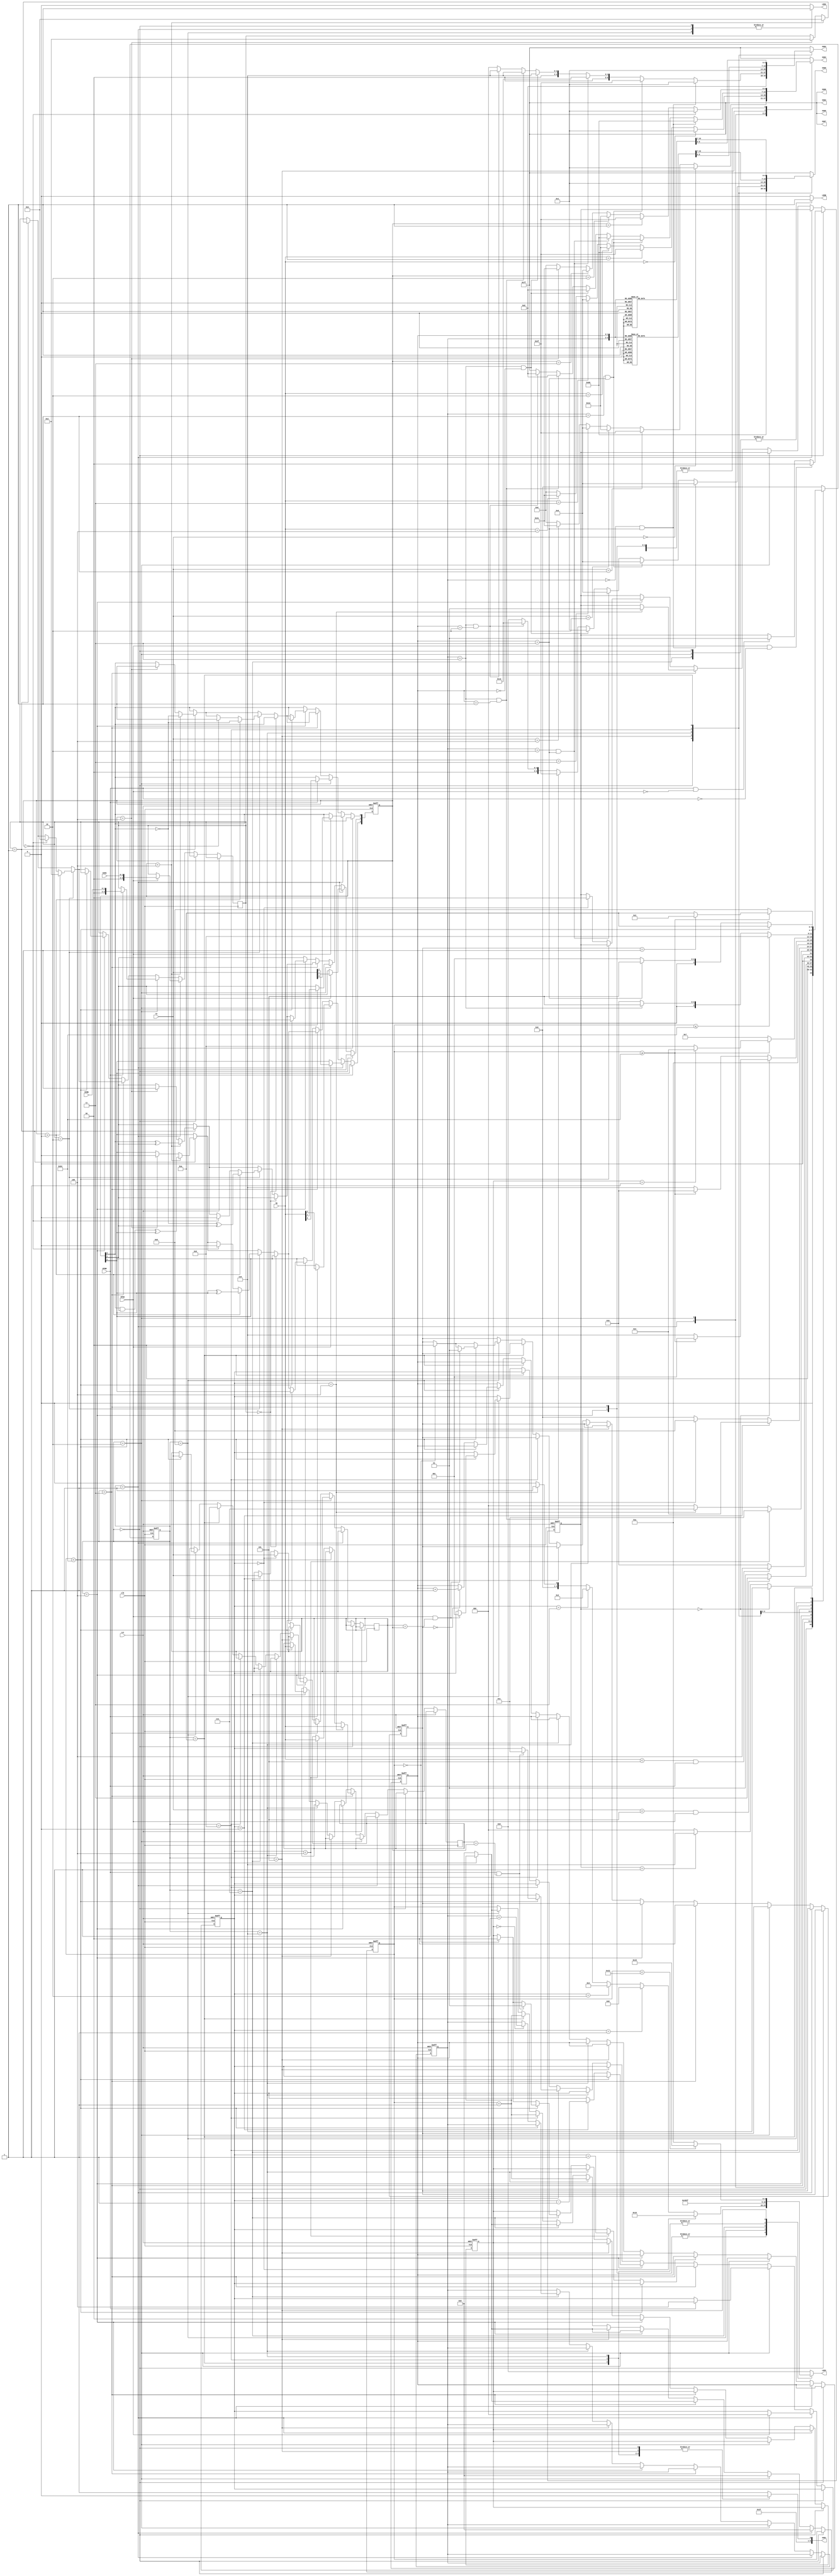
module hockey(

    input clk,
    input rst,
    
    input BTNA,
    input BTNB,
    
    input [1:0] DIRA,
    input [1:0] DIRB,
    
    input [2:0] YA,
    input [2:0] YB,
   
    output reg LEDA,
    output reg LEDB,
    output reg [4:0] LEDX,
    
    output reg [6:0] SSD7,
    output reg [6:0] SSD6,
    output reg [6:0] SSD5,
    output reg [6:0] SSD4, 
    output reg [6:0] SSD3,
    output reg [6:0] SSD2,
    output reg [6:0] SSD1,
    output reg [6:0] SSD0   
	
    );
    reg [2:0] X_COORD;
	reg [2:0] Y_COORD;
    reg [3:0] cstate; //current state
    reg [3:0] nstate = 8'b00000000; //next state

    parameter [7:0] s0 = 8'b00000000; //IDLE
    parameter [7:0] s1 = 8'b00000001; //BTNA == 1
    parameter [7:0] s2 = 8'b00000010; //BTNB == 1
    parameter [7:0] s3 = 8'b00000011; //send to B from A //no timer
    parameter [7:0] s4 = 8'b00000100; //send to A from B //no timer
    parameter [7:0] s5 = 8'b00000101; // win state stays here forever until rst = 1
    parameter [7:0] s6 = 8'b00000110; // Display
    parameter [7:0] s7 = 8'b00000111; // respond B
    parameter [7:0] s8 = 8'b00001000; // respond A
    parameter [7:0] s9 = 8'b00001001; // goal_B
    parameter [7:0] s10 = 8'b00001010; // goal_A

   
    
    parameter [6:0] DIGIT_0 = 7'b0000001;
    parameter [6:0] DIGIT_1 = 7'b1001111;
    parameter [6:0] DIGIT_2 = 7'b0010010;
    parameter [6:0] DIGIT_3 = 7'b0000110;
    parameter [6:0] DIGIT_4 = 7'b1001100;
    parameter [6:0] DIGIT_line = 7'b1111110;
    parameter [6:0] PRINT_A = 7'b0001000;
    parameter [6:0] PRINT_B = 7'b1100000;


    parameter LD_NONE = 5'b00000;
    parameter LD_ALL = 5'b11111;
    parameter LD_0 = 5'b00001;
    parameter LD_1 = 5'b00010;
    parameter LD_2 = 5'b00100;
    parameter LD_3 = 5'b01000;
    parameter LD_4 = 5'b10000;


    
    //ID: 29015 / 27968;


    reg x1;
    reg [3:0] y1;

    reg [2:0] guess_y_A;
    reg [2:0] guess_y_B;
    reg [1:0] turn = 2; // 0 = A , 1 = B, 2 = standby
    reg [1:0] score_A;
    reg [1:0] score_B;
    //reg [1:0] win;
    reg [7:0] timer;
    reg [7:0] waittime = 8'd100;

    reg[1:0] correct_guess_B;
    reg[1:0] correct_guess_A;






    always @(posedge clk or posedge rst)
    begin
        
    
        if(rst == 1)begin
            cstate <= s0;
            X_COORD <= 3'b000;
            Y_COORD <= 3'b000;
            score_A <= 2'b00;
            score_B <= 2'b00;

            timer <= 0;
            correct_guess_B <= 0;
            correct_guess_A <= 0;
            turn <= 2;
        end
        else begin
            cstate <= nstate;
       

        if(cstate == s0)begin
            if(BTNA == 1 && BTNB == 0)begin
                turn <= 0;
            end

            else if(BTNB == 1 && BTNA == 0)begin
                turn <= 1;
            end

        end

        else if(cstate == s1)begin
            timer <= 0;
            if(BTNA == 1)begin
            Y_COORD <= YA;
            y1 <= DIRA;
            X_COORD <= 0;
            end
            
            

        
            
        end
        else if(cstate == s2)begin
            timer <= 0;

            
            if(BTNB == 1) begin
            Y_COORD <= YB;
            y1 <= DIRB;
            X_COORD <= 4;
            end
           
            
        end
        
        else if(cstate == s3)begin
            

            correct_guess_A <= 0;

            if(timer < waittime)begin
                
                timer <= timer + 1;
            end
            else begin

                timer <= 0;
                if(X_COORD < 3'b100)begin
                    X_COORD <= X_COORD + 1;
                    guess_y_B <= YB;

                end
                
            end
            if(X_COORD == 3'b100)begin
                guess_y_B <= YB;
                turn <= 1;

            end

                if ( y1 == 2'd1)begin 
                    if (Y_COORD < 3'b100)begin
                        Y_COORD[0] <= 1 ^ Y_COORD[0];
                        Y_COORD[1] <= Y_COORD[0] ^ Y_COORD[1];
                        Y_COORD[2] <= ((Y_COORD[0] & Y_COORD[1]) ^ Y_COORD[2]);
                        y1 <= 2'd1; 
                        end
                    else if(Y_COORD == 3'b100)begin
                        y1 <= 2'd2;
                        Y_COORD <= 3'b011;
                        end
                end
                if (y1 == 2'd2)begin
                    if ( Y_COORD > 3'b000)begin

                                Y_COORD[0] <= (1 ^ Y_COORD[0]);
                                Y_COORD[1] <= ((~Y_COORD[0]) ^ Y_COORD[1] );
                                Y_COORD[2] <= Y_COORD[2] ^ Y_COORD[2];
                                y1 <= 2'd2;
                            end
                    else if (Y_COORD == 3'b000 )begin
                            y1 <= 2'd1;
                            Y_COORD <= 3'b001;
                        end
                end
                if (y1 == 2'd0)begin
                    Y_COORD <= Y_COORD;
                end
            end


        else if(cstate == s4)begin
            
            correct_guess_B <= 0;


            if(timer < waittime)begin
                timer <= timer + 1;
            end
            
            else begin
                timer <= 0;
                if(X_COORD > 3'b000)begin
                    X_COORD <= (X_COORD - 1);
                    guess_y_A <= YA;

                end

                if(X_COORD == 3'b000)begin
                    guess_y_A <= YA;
                    turn <= 0;
                
                end
            
                if ( y1 == 2'd1)begin 
                    if (Y_COORD < 3'b100)begin
                        Y_COORD[0] <= 1 ^ Y_COORD[0];
                        Y_COORD[1] <= Y_COORD[0] ^ Y_COORD[1];
                        Y_COORD[2] <= ((Y_COORD[0] & Y_COORD[1]) ^ Y_COORD[2]);
                        y1 <= 2'd1; 
                        end
                    else if(Y_COORD == 3'b100)begin
                        y1 <= 2'd2;
                        Y_COORD <= 3'b011;
                        end
                end
           
                if (y1 == 2'd2)begin
                    if ( Y_COORD > 3'b000)begin                
                            Y_COORD[0] <= (1 ^ Y_COORD[0]);
                            Y_COORD[1] <= ((~Y_COORD[0]) ^ Y_COORD[1] );
                            Y_COORD[2] <= Y_COORD[2] ^ Y_COORD[2];
                            y1 <= 2'd2;
                        end
                else if (Y_COORD == 3'b000 )begin
                        y1 <= 2'd1;
                        Y_COORD <= 3'b001;
                    end
            end
            
                if (y1 == 2'd0)begin
                    Y_COORD <= Y_COORD;
                end
            end
        end

        else if (cstate == s5) begin
            if (timer < waittime) begin
                timer <= timer + 1;

            end
            else begin
                timer <= 0;
            end

        end

        else if( cstate == s6)begin
            timer <= timer + 1;
        end

        
        else if( cstate == s7)begin
            if (timer == 0) begin
                correct_guess_B <= 0;
            end
            if(timer < waittime )begin
        

                guess_y_B <= YB;

                if (BTNB == 1 && guess_y_B == Y_COORD)begin
                    
                    correct_guess_B <= 1;
                    X_COORD <= 3;
                end

                timer <= timer + 1;
            end

            else begin
                if (correct_guess_B == 0) begin
                    score_A <= score_A + 1;
                end
                timer <= 0;
            end
                
        end

        else if( cstate == s9)begin
            timer <= timer + 1;
        end
        else if( cstate == s10)begin
            timer <= timer + 1;
        end
        
        else if( cstate == s8)begin
            if (timer == 0) begin
                correct_guess_A <= 0;
            end
            if(timer < waittime )begin
                
                guess_y_A <= YA;
                
                if (BTNA == 1 && guess_y_A == Y_COORD)begin
                    correct_guess_A <= 1;
                    X_COORD <= 1;
                end

                timer <= timer + 1;

            end

            else begin
                if (correct_guess_A == 0) begin
                    score_B <= score_B + 1;
                end
                
                timer <= 0;
            end
        end
                
        
    end

    
    

       
    end




    always @(*)
    begin

        case(cstate)

            s0:
            begin


                if(turn == 0)begin
                    nstate = s6;
                end

                else if(turn == 1)begin
                    nstate = s6;
                end
                else if(turn == 2) begin
                    nstate = s0;
                end
                else if(turn == 2) begin
                    nstate = s0;
                end

                else begin
                    nstate = s0;
                end
                
            end


            
            s1:
            begin
                    if((YA < 3'b101 ) && (BTNA == 1'b1))begin
                        nstate = s3;
                        //y1 = DIRA;
                    end
                    else begin
                        nstate = s1;
                    end

                    
            end

            s2:
            begin
                    if( (YB < 5 ) && (BTNB == 1'b1))begin
                        nstate = s4;
                        //y1 = DIRB;
                        
                    end
                    else begin
                        nstate = s2;
                    end
            end

            s3:
            begin    

                    if (X_COORD < 3'b100)begin
                        nstate = s3;
                        //#5; //speed of the puck
                    end
                    else if(X_COORD == 3'b100)begin
                        nstate = s7;
                    end
                    else begin
                        nstate = s0;
                    end
                    
                    /*if(win >= 1)begin
                        nstate = s5;
                    end*/
            end

            s4:
            begin
                
                    if (X_COORD > 3'b000)begin
                        nstate = s4;
                        //#5; //speed of the puck
                    end
                    else if(X_COORD == 3'b000)begin
                        nstate = s8; //s1
                    end
                    else begin
                        nstate = s0;
                    end
                    
                    /*if(win >= 1)begin
                        nstate = s5;
                    end*/
            end

            s5:
            begin
                // win state stays here forever until rst = 1;
                nstate = s5;
            end

            s6: // DISP
            begin
            
                if(turn == 0)begin
                    if (timer >= waittime) begin
                    nstate = s1;
                    //turn = 0;
                    end

                    else begin
                        nstate = s6;
                    end

                    
                end

                else begin
                    if (timer >= waittime)begin
                    nstate = s2;
                    //turn = 1;
                    end

                    else begin
                        nstate = s6;
                    end


                end
            end
            s7:
            begin
                
                if(timer >= waittime)begin
                    if(correct_guess_B == 1 ) begin
                        nstate = s4;
                    end

                    else begin
                        nstate = s9;
                    end
                end
                else begin
                    nstate <= s7;
                end

            end

            s9:
            begin
                if(timer <= waittime)begin
                    nstate = s9;
                end
                else begin
                    if(score_A == 3)begin
                    nstate = s5;
                    end
                    else begin
                        nstate = s2;
                    end
                end
            end

            s8:
            begin

                if(timer >= waittime)begin
                    if(correct_guess_A == 1 ) begin
                        nstate = s3;
                    end

                    else begin
                        nstate = s10;
                    end
                end
                else begin
                    nstate = s8;
                end

            end

            s10:
            begin
                if(timer < waittime)begin
                    nstate = s10;
                end
                else begin
                    if(score_B == 3)begin
                    nstate = s5;
                    end
                    else begin
                        nstate = s1;
                    end
                end
            end

            default: nstate = s0;
            

        endcase
    
    end


//for LEDs
        always @ (*)
        begin
            LEDA = 0;
            LEDB = 0;
            LEDX = LD_NONE;
          case (cstate)
            s0:
            begin
              LEDA = 1;
              LEDB = 1;
              LEDX = LD_NONE;
            end
      
            s6:
            begin
              LEDA = 0;
              LEDB = 0;
              LEDX = LD_ALL;
            end
      
            s1:
            begin
              LEDA = 1;
              LEDB = 0;
              LEDX = LD_NONE;
            end
      
            s2:
            begin
              LEDA = 0;
              LEDB = 1;
              LEDX = LD_NONE;
            end
      
            s3:
            begin
              LEDA = 0;
              LEDB = 0;
              if(X_COORD == 0)
              begin
                LEDX = LD_4;
              end
              else if(X_COORD == 1)
              begin
                LEDX = LD_3;
              end
              else if(X_COORD == 2)
              begin
                LEDX = LD_2;
              end
              else if(X_COORD == 3)
              begin
                LEDX = LD_1;
              end
              else if(X_COORD == 4)
              begin
                LEDX = LD_0;
              end
            end
      
            s4:
            begin
              LEDA = 0;
              LEDB = 0;
              if(X_COORD == 0)
              begin
                LEDX = LD_4;
              end
              else if(X_COORD == 1)
              begin
                LEDX = LD_3;
              end
              else if(X_COORD == 2)
              begin
                LEDX = LD_2;
              end
              else if(X_COORD == 3)
              begin
                LEDX = LD_1;
              end
              else if(X_COORD == 4)
              begin
                LEDX = LD_0;
              end
            end
      
            s8:
            begin
              LEDA = 1;
              LEDB = 0;
              LEDX = LD_4;
            end
      
            s7:
            begin
              LEDA = 0;
              LEDB = 1;
              LEDX = LD_0;
            end
      
            s10:
            begin
              LEDX = LD_ALL;
              LEDA = 0;
              LEDB = 0;
            end
      
            s9:
            begin
              LEDX = LD_ALL;
              LEDA = 0;
              LEDB = 0;
            end
      
           s5:
            begin
                LEDA = 0;
                LEDB = 0;
                if (timer < (waittime/2)) begin
                LEDX = 5'b10101;
                end 
                else begin
                LEDX = 5'b01010;
                end
            end
      
            default:
            begin
              LEDA = 0;
              LEDB = 0;
              LEDX = LD_NONE;
            end
            endcase
      
        end


//FOR SSDs
        always @ (*)
        begin

            SSD7 = 7'b1111111;
            SSD6 = 7'b1111111;
            SSD5 = 7'b1111111;
            SSD4 = 7'b1111111;
            SSD3 = 7'b1111111;
            SSD2 = 7'b1111111;
            SSD1 = 7'b1111111;
            SSD0 = 7'b1111111;

            case (cstate)
            s0:
            begin
                SSD7 = 7'b1111111;
                SSD6 = 7'b1111111;
                SSD5 = 7'b1111111;
                SSD4 = 7'b1111111;
                SSD3 = 7'b1111111;
                SSD2 = PRINT_A;
                SSD1 = DIGIT_line;
                SSD0 = PRINT_B;
            end
            
            s1: 
            begin
                if (YA == 0) begin
                    SSD4 = DIGIT_0;
                end
                else if (YA == 1)
                begin
                    SSD4 = DIGIT_1;
                end
                else if (YA == 2)
                begin
                    SSD4 = DIGIT_2;
                end
                else if (YA == 3)
                begin
                    SSD4 = DIGIT_3;
                end
                else if (YA == 4)
                begin
                    SSD4 = DIGIT_4;
                end
                else begin
                    SSD4 = 7'b0000000;
                end

                SSD5 = 7'b1111111;
                SSD3 = 7'b1111111;
                SSD2 = 7'b1111111;
                SSD1 = 7'b1111111;
                SSD0 = 7'b1111111;
            end

            s2:
            begin
                if (YB == 0) begin
                    SSD4 = DIGIT_0;
                end
                else if (YB == 1)
                begin
                    SSD4 = DIGIT_1;
                end
                else if (YB == 2)
                begin
                    SSD4 = DIGIT_2;
                end
                else if (YB == 3)
                begin
                    SSD4 = DIGIT_3;
                end
                else if (YB == 4)
                begin
                    SSD4 = DIGIT_4;
                end
                else begin
                    SSD4 = 7'b0000000;
                end

                SSD5 = 7'b1111111;
                SSD3 = 7'b1111111;
                SSD2 = 7'b1111111;
                SSD1 = 7'b1111111;
                SSD0 = 7'b1111111;
            end
            
            s3:
            begin
                if (Y_COORD == 0) begin
                    SSD4 = DIGIT_0;
                end
                else if (Y_COORD == 1)
                begin
                    SSD4 = DIGIT_1;
                end
                else if (Y_COORD == 2)
                begin
                    SSD4 = DIGIT_2;
                end
                else if (Y_COORD == 3)
                begin
                    SSD4 = DIGIT_3;
                end
                else if (Y_COORD == 4)
                begin
                    SSD4 = DIGIT_4;
                end
                else begin
                    SSD4 = 7'b0000000;
                end

                SSD5 = 7'b1111111;
                SSD3 = 7'b1111111;
                SSD2 = 7'b1111111;
                SSD1 = 7'b1111111;
                SSD0 = 7'b1111111;
            end

            s4:
            begin
                if (Y_COORD == 0) begin
                    SSD4 = DIGIT_0;
                end
                else if (Y_COORD == 1)
                begin
                    SSD4 = DIGIT_1;
                end
                else if (Y_COORD == 2)
                begin
                    SSD4 = DIGIT_2;
                end
                else if (Y_COORD == 3)
                begin
                    SSD4 = DIGIT_3;
                end
                else if (Y_COORD == 4)
                begin
                    SSD4 = DIGIT_4;
                end
                else begin
                    SSD4 = 7'b0000000;
                end

                SSD5 = 7'b1111111;
                SSD3 = 7'b1111111;
                SSD2 = 7'b1111111;
                SSD1 = 7'b1111111;
                SSD0 = 7'b1111111;
            end

            s5:
            begin
                SSD3 = 7'b1111111;
                SSD5 = 7'b1111111;
                SSD6 = 7'b1111111;
                SSD7 = 7'b1111111;
                SSD1 = DIGIT_line; 
                
                if( score_A == 0 && score_B == 3)begin
                    SSD4 = PRINT_B;
                    SSD2 = DIGIT_0;
                    SSD0 = DIGIT_3;    
                end
                else if( score_A == 1 && score_B == 3)begin
                    SSD4 = PRINT_B;
                    SSD2 = DIGIT_1;
                    SSD0 = DIGIT_3;                    
                end
                else if( score_A == 2 && score_B == 3)begin
                    SSD4 = PRINT_B;
                    SSD2 = DIGIT_2;
                    SSD0 = DIGIT_3;                    
                end

                else if( score_A == 3 && score_B == 0)begin
                    SSD4 = PRINT_A;
                    SSD2 = DIGIT_3;
                    SSD0 = DIGIT_0;                    
                end
                else if( score_A == 3 && score_B == 1)begin
                    SSD4 = PRINT_A;
                    SSD2 = DIGIT_3;
                    SSD0 = DIGIT_1;                    
                end
                else if( score_A == 3 && score_B == 2)begin
                    SSD4 = PRINT_A;
                    SSD2 = DIGIT_3;
                    SSD0 = DIGIT_2;    
                    end

                else begin
                    SSD2 = 7'b0000000;
                    SSD0 = 7'b0000000;    
                end
            end
            

            s6:
            begin
            SSD7 = 7'b1111111;
            SSD6 = 7'b1111111;
            SSD5 = 7'b1111111;
            SSD3 = 7'b1111111;
            SSD4 = 7'b1111111;
            
            SSD2 = DIGIT_0;
            SSD1 = DIGIT_line;
            SSD0 = DIGIT_0;    
            end

            s7:
            begin
                if (Y_COORD == 0) begin
                    SSD4 = DIGIT_0;
                end
                else if (Y_COORD == 1)
                begin
                    SSD4 = DIGIT_1;
                end
                else if (Y_COORD == 2)
                begin
                    SSD4 = DIGIT_2;
                end
                else if (Y_COORD == 3)
                begin
                    SSD4 = DIGIT_3;
                end
                else if (Y_COORD == 4)
                begin
                    SSD4 = DIGIT_4;
                end
                else begin
                    SSD4 = 7'b0000000;
                end
    

                SSD5 = 7'b1111111;
                SSD3 = 7'b1111111;
                SSD2 = 7'b1111111;
                SSD1 = 7'b1111111;
                SSD0 = 7'b1111111;
            end

            s8:
            begin
                if (Y_COORD == 0) begin
                    SSD4 = DIGIT_0;
                end
                else if (Y_COORD == 1)
                begin
                    SSD4 = DIGIT_1;
                end
                else if (Y_COORD == 2)
                begin
                    SSD4 = DIGIT_2;
                end
                else if (Y_COORD == 3)
                begin
                    SSD4 = DIGIT_3;
                end
                else if (Y_COORD == 4)
                begin
                    SSD4 = DIGIT_4;
                end
                else begin
                    SSD4 = 7'b0000000;
                end
    

                SSD5 = 7'b1111111;
                SSD3 = 7'b1111111;
                SSD2 = 7'b1111111;
                SSD1 = 7'b1111111;
                SSD0 = 7'b1111111;
            end


            s9:
            begin
                SSD7 = 7'b1111111;
                SSD6 = 7'b1111111;
                SSD5 = 7'b1111111;
                SSD3 = 7'b1111111;
                SSD4 = 7'b1111111;
                SSD1 = DIGIT_line; 
            case ({score_A, score_B}) 
                4'b0000: begin
                    SSD2 = DIGIT_0;
                    SSD0 = DIGIT_0;
                end
                4'b0001: begin
                    SSD2 = DIGIT_0;
                    SSD0 = DIGIT_1;
                end
                4'b0010: begin
                    SSD2 = DIGIT_0;
                    SSD0 = DIGIT_2;
                end
                4'b0011: begin
                    SSD2 = DIGIT_0;
                    SSD0 = DIGIT_3;
                end
                4'b0100: begin
                    SSD2 = DIGIT_1;
                    SSD0 = DIGIT_0;
                end
                4'b0101: begin
                    SSD2 = DIGIT_1;
                    SSD0 = DIGIT_1;
                end
                4'b0110: begin
                    SSD2 = DIGIT_1;
                    SSD0 = DIGIT_2;
                end
                4'b0111: begin
                    SSD2 = DIGIT_1;
                    SSD0 = DIGIT_3;
                end
                4'b1000: begin
                    SSD2 = DIGIT_2;
                    SSD0 = DIGIT_0;
                end
                4'b1001: begin
                    SSD2 = DIGIT_2;
                    SSD0 = DIGIT_1;
                end
                4'b1010: begin
                    SSD2 = DIGIT_2;
                    SSD0 = DIGIT_2;
                end
                4'b1011: begin
                    SSD2 = DIGIT_2;
                    SSD0 = DIGIT_3;
                end
                4'b1100: begin
                    SSD2 = DIGIT_3;
                    SSD0 = DIGIT_0;
                end
                4'b1101: begin
                    SSD2 = DIGIT_3;
                    SSD0 = DIGIT_1;
                end
                4'b1110: begin
                    SSD2 = DIGIT_3;
                    SSD0 = DIGIT_2;
                end
                
            endcase
            end
            
            s10:
            begin
                SSD7 = 7'b1111111;
                SSD6 = 7'b1111111;
                SSD3 = 7'b1111111;
                SSD2 = 7'b0000001;
                SSD1 = DIGIT_line; 
            case ({score_A, score_B}) 
            4'b0000: begin
                SSD2 = DIGIT_0;
                SSD0 = DIGIT_0;
            end
            4'b0001: begin
                SSD2 = DIGIT_0;
                SSD0 = DIGIT_1;
            end
            4'b0010: begin
                SSD2 = DIGIT_0;
                SSD0 = DIGIT_2;
            end
            4'b0011: begin
                SSD2 = DIGIT_0;
                SSD0 = DIGIT_3;
            end
            4'b0100: begin
                SSD2 = DIGIT_1;
                SSD0 = DIGIT_0;
            end
            4'b0101: begin
                SSD2 = DIGIT_1;
                SSD0 = DIGIT_1;
            end
            4'b0110: begin
                SSD2 = DIGIT_1;
                SSD0 = DIGIT_2;
            end
            4'b0111: begin
                SSD2 = DIGIT_1;
                SSD0 = DIGIT_3;
            end
            4'b1000: begin
                SSD2 = DIGIT_2;
                SSD0 = DIGIT_0;
            end
            4'b1001: begin
                SSD2 = DIGIT_2;
                SSD0 = DIGIT_1;
            end
            4'b1010: begin
                SSD2 = DIGIT_2;
                SSD0 = DIGIT_2;
            end
            4'b1011: begin
                SSD2 = DIGIT_2;
                SSD0 = DIGIT_3;
            end
            4'b1100: begin
                SSD2 = DIGIT_3;
                SSD0 = DIGIT_0;
            end
            4'b1101: begin
                SSD2 = DIGIT_3;
                SSD0 = DIGIT_1;
            end
            4'b1110: begin
                SSD2 = DIGIT_3;
                SSD0 = DIGIT_2;
            end
                
            endcase
            end

            default:
            begin
                SSD7 = 7'b1111111;
                SSD6 = 7'b1111111;
                SSD5 = 7'b1111111;
                SSD4 = 7'b1111111;
                SSD3 = 7'b1111111;
                SSD2 = 7'b1111111;
                SSD1 = 7'b1111111;
                SSD0 = 7'b1111111;
            end
            endcase
        end
            

 




endmodule